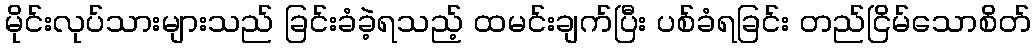
မိုင်းလုပ်သားများသည် ခြင်းခံခဲ့ရသည့် ထမင်းချက်ပြီး ပစ်ခံရခြင်း တည်ငြိမ်သောစိတ်